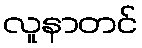
လူနာတင်